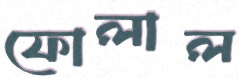
ফোলাল